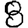
Digit: 8